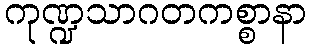
ကုဏ္ဍသာဂတကစ္စာနာ